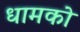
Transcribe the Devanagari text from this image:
धामको